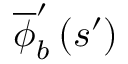
\overline { { \phi } } _ { b } ^ { \prime } \left( s ^ { \prime } \right)